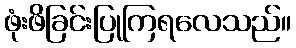
ဖုံးဖိခြင်းပြုကြရလေသည်။